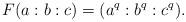
LaTeX: \begin{align*} F(a : b : c) = (a^q : b^q : c^q).\end{align*}